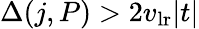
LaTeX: \Delta(j,P)>2v_{\mathrm{lr}}|t|